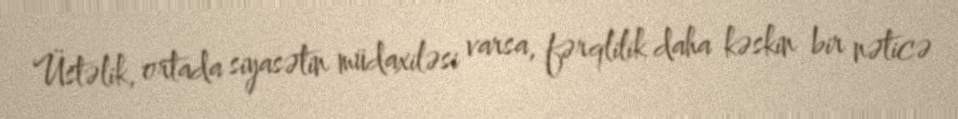
Üstəlik, ortada siyasətin müdaxiləsi varsa, fərqlilik daha kəskin bir nəticə